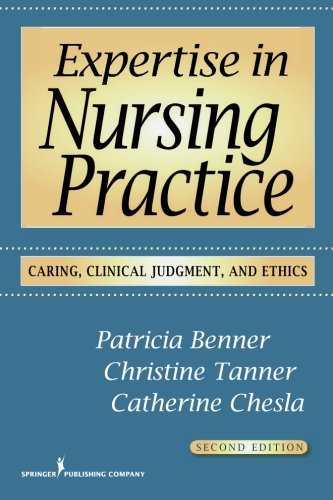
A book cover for Expertise in Nursing Practice, Second Edition: Caring, Clinical Judgment, and Ethics (Benner, Expertise in Nursing Practice); Medical Books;